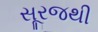
સૂરજથી